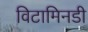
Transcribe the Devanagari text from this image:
विटामिनडी